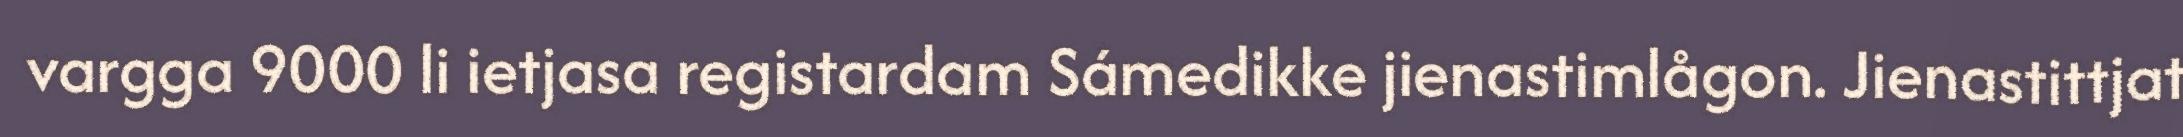
vargga 9000 li ietjasa registardam Sámedikke jienastimlågon. Jienastittjat